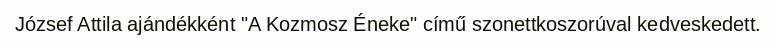
József Attila ajándékként "A Kozmosz Éneke" című szonettkoszorúval kedveskedett.